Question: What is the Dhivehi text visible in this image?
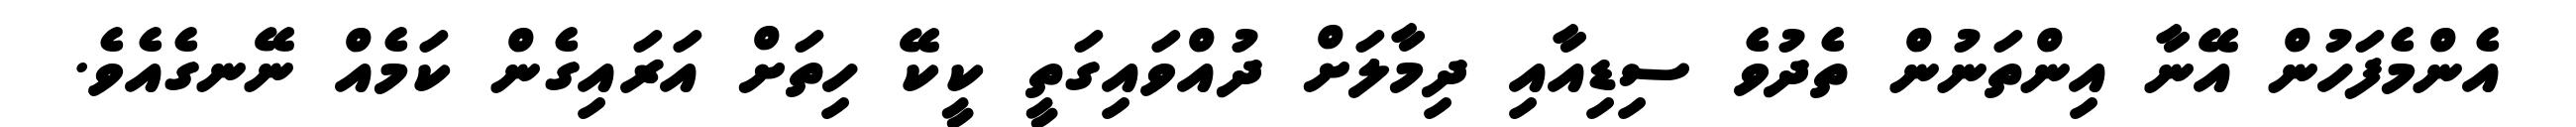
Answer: އެންމެފަހުން އޭނާ އިންތަނުން ތެދުވެ ސިޑިއާއި ދިމާލަށް ދުއްވައިގަތީ ކީކޭ ހިތަށް އަރައިގެން ކަމެއް ނޭނގެއެވެ.